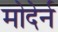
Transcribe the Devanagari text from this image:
मोदेर्न